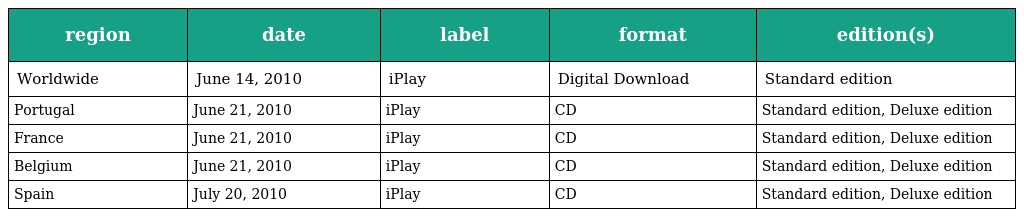
| region | date | label | format | edition(s) |
 | --- | --- | --- | --- | --- |
 | Worldwide | June 14, 2010 | iPlay | Digital Download | Standard edition |
 | Portugal | June 21, 2010 | iPlay | CD | Standard edition, Deluxe edition |
 | France | June 21, 2010 | iPlay | CD | Standard edition, Deluxe edition |
 | Belgium | June 21, 2010 | iPlay | CD | Standard edition, Deluxe edition |
 | Spain | July 20, 2010 | iPlay | CD | Standard edition, Deluxe edition |